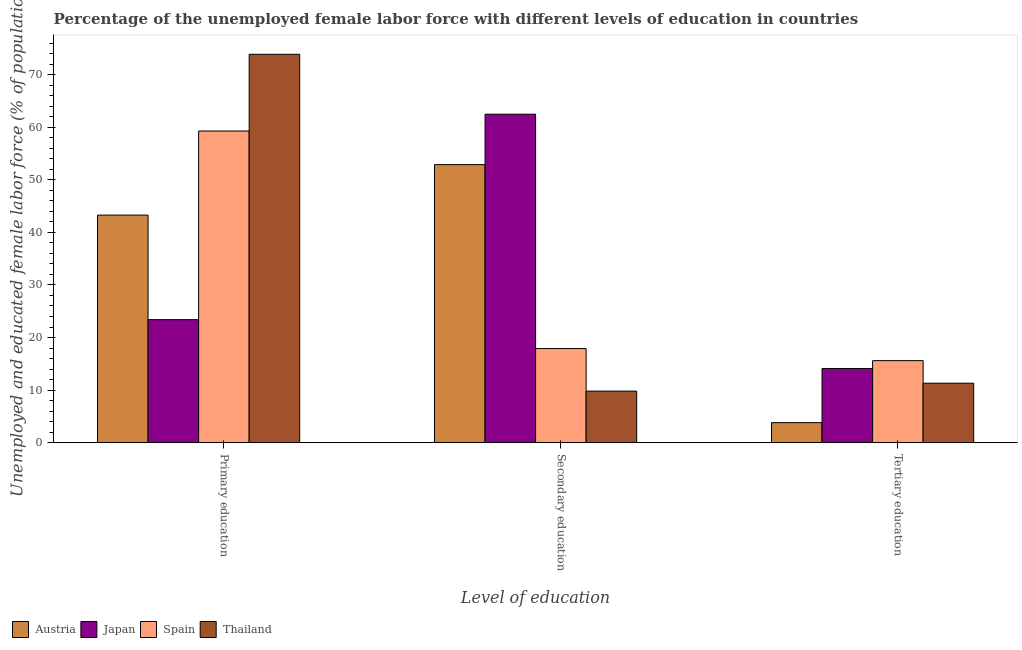
| Level of education | Austria | Japan | Spain | Thailand |
 | --- | --- | --- | --- | --- |
 | Primary education | 43.3 | 23.4 | 59.3 | 73.9 |
 | Secondary education | 52.9 | 62.5 | 17.9 | 9.8 |
 | Tertiary education | 3.8 | 14.1 | 15.6 | 11.3 |